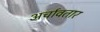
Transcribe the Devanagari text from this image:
अर्चावतार